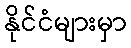
နိုင်ငံများမှာ